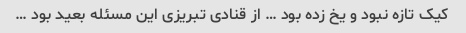
کیک تازه نبود و یخ زده بود … از قنادی تبریزی این مسئله بعید بود …